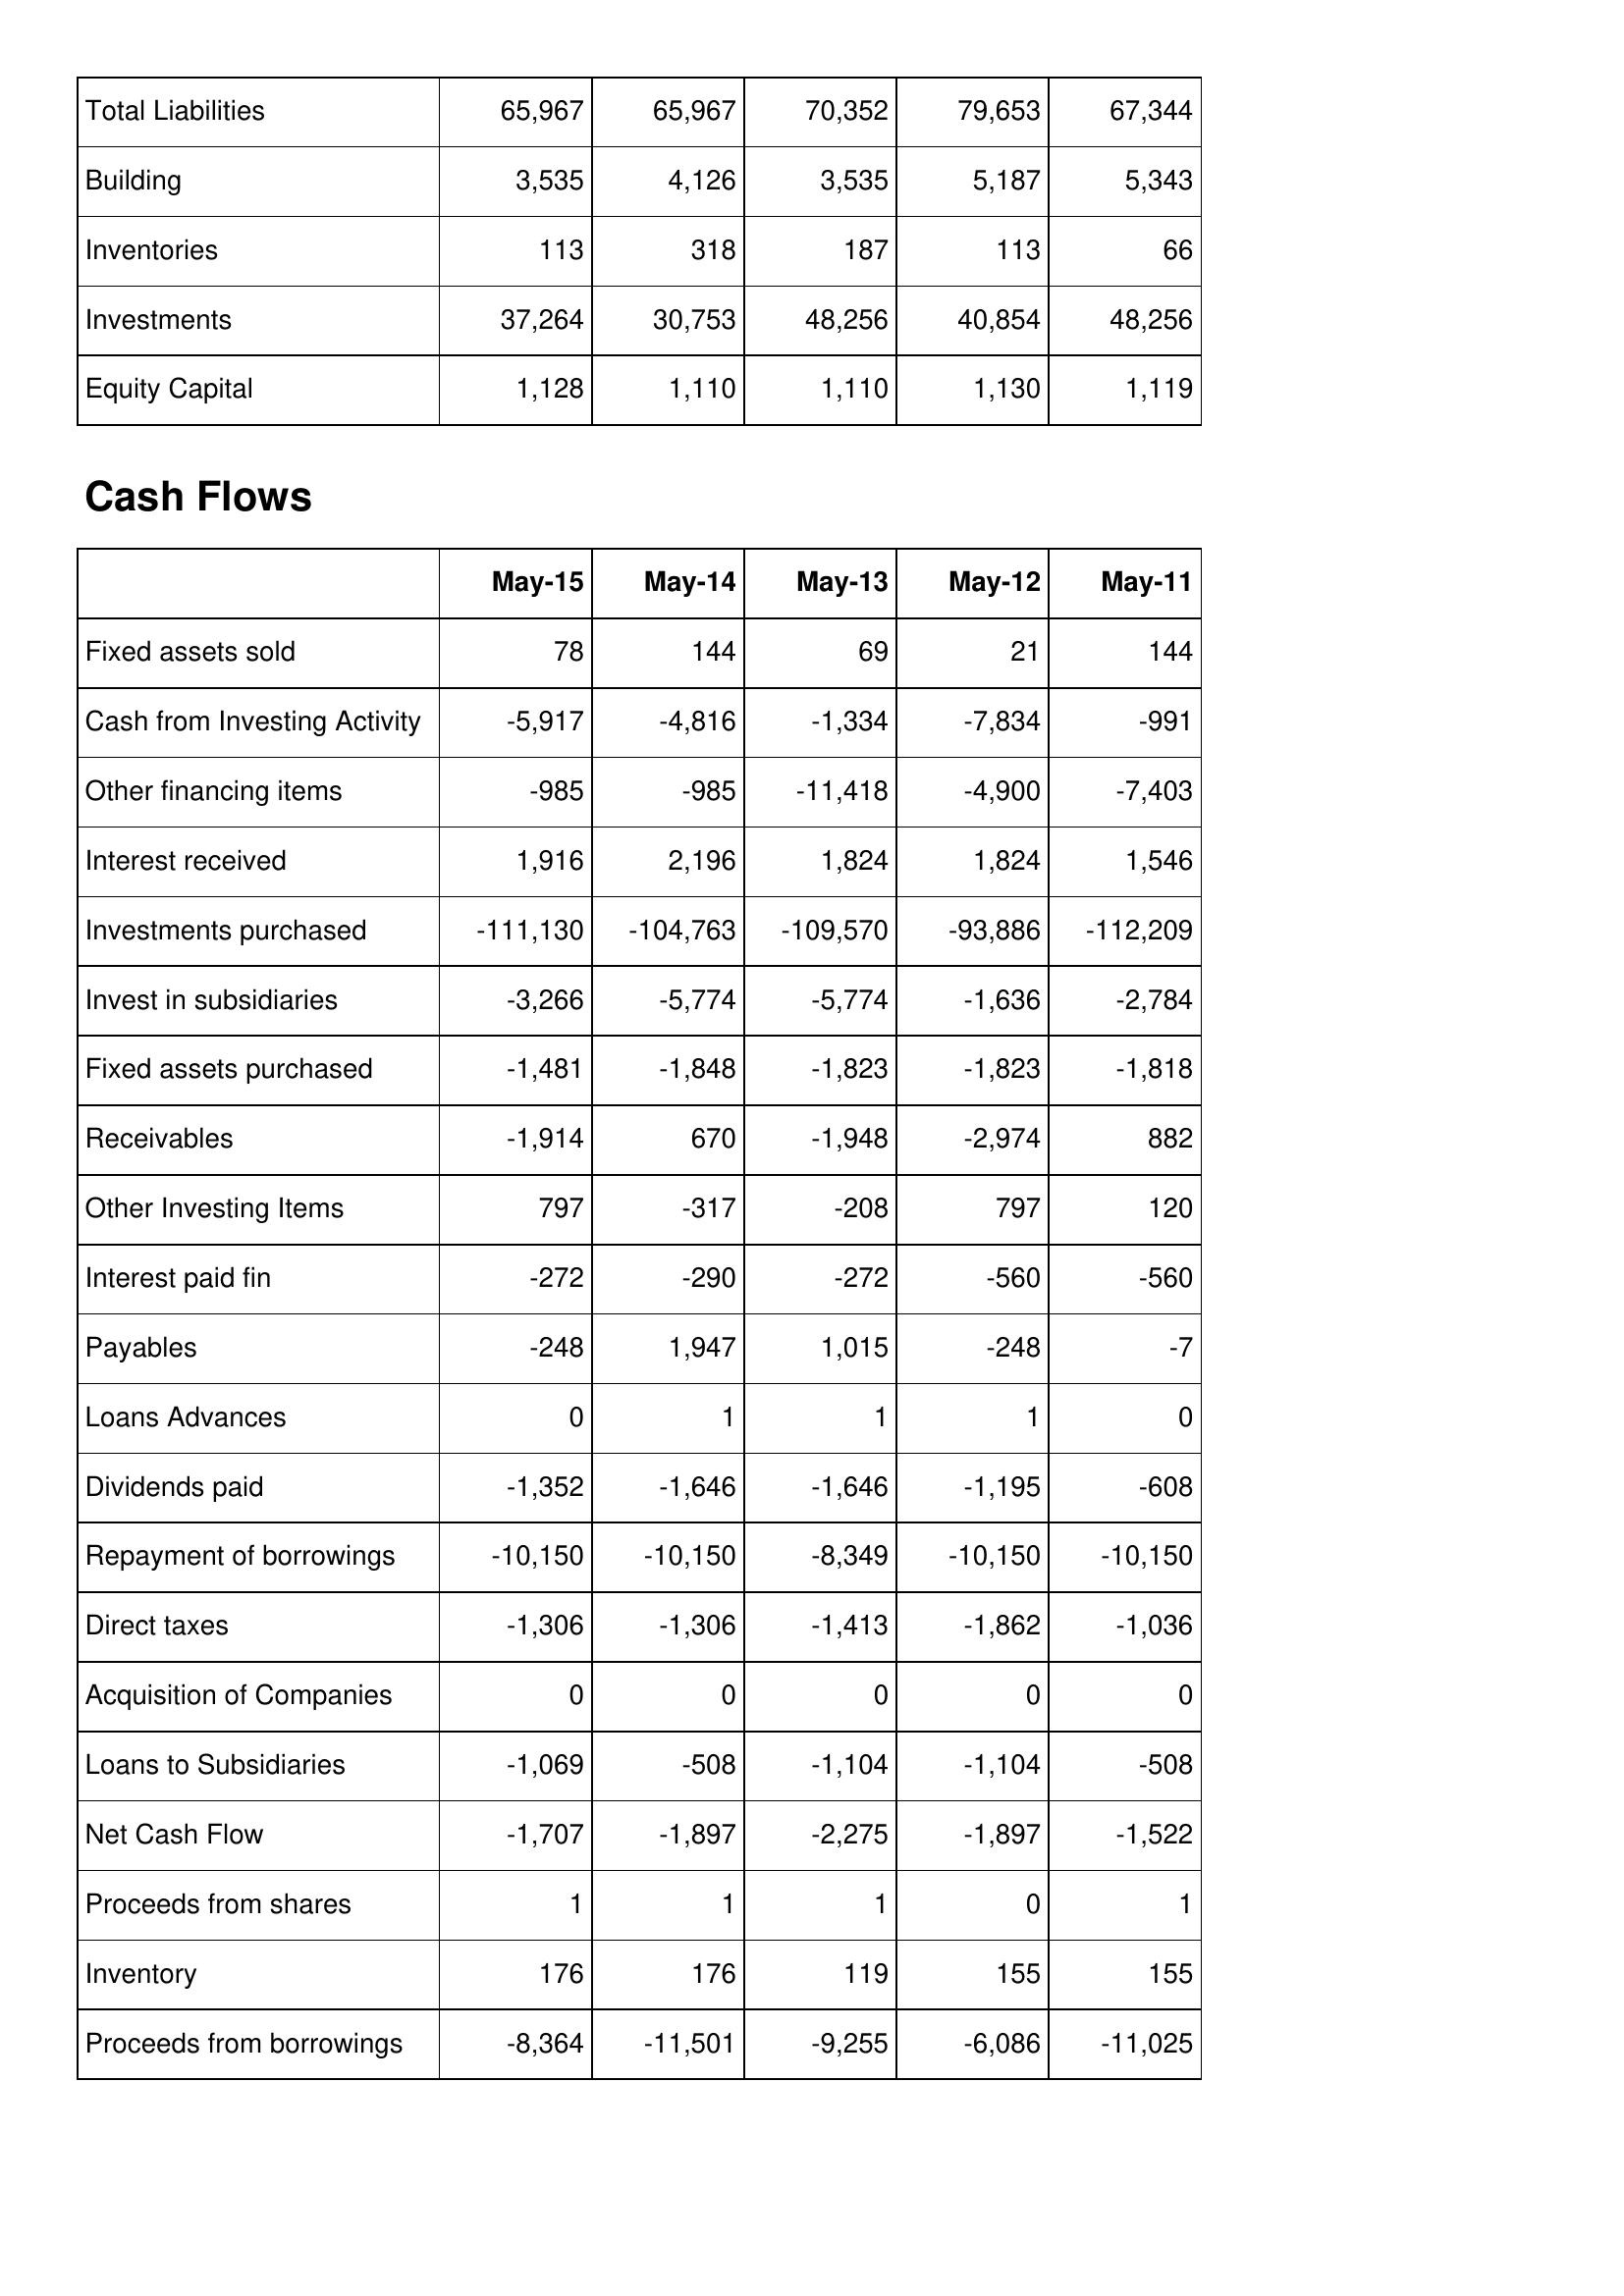
May-15: Balance Sheet: Total Liabilities: 65,967
Building: 3,535
Inventories: 113
Investments: 37,264
Equity Capital: 1,128
Cash Flows: Fixed assets sold: 78
Cash from Investing Activity: -5,917
Other financing items: -985
Interest received: 1,916
Investments purchased: -111,130
Invest in subsidiaries: -3,266
Fixed assets purchased: -1,481
Receivables: -1,914
Other Investing Items: 797
Interest paid fin: -272
Payables: -248
Loans Advances: 0
Dividends paid: -1,352
Repayment of borrowings: -10,150
Direct taxes: -1,306
Acquisition of Companies: 0
Loans to Subsidiaries: -1,069
Net Cash Flow: -1,707
Proceeds from shares: 1
Inventory: 176
Proceeds from borrowings: -8,364
May-14: Balance Sheet: Total Liabilities: 65,967
Building: 4,126
Inventories: 318
Investments: 30,753
Equity Capital: 1,110
Cash Flows: Fixed assets sold: 144
Cash from Investing Activity: -4,816
Other financing items: -985
Interest received: 2,196
Investments purchased: -104,763
Invest in subsidiaries: -5,774
Fixed assets purchased: -1,848
Receivables: 670
Other Investing Items: -317
Interest paid fin: -290
Payables: 1,947
Loans Advances: 1
Dividends paid: -1,646
Repayment of borrowings: -10,150
Direct taxes: -1,306
Acquisition of Companies: 0
Loans to Subsidiaries: -508
Net Cash Flow: -1,897
Proceeds from shares: 1
Inventory: 176
Proceeds from borrowings: -11,501
May-13: Balance Sheet: Total Liabilities: 70,352
Building: 3,535
Inventories: 187
Investments: 48,256
Equity Capital: 1,110
Cash Flows: Fixed assets sold: 69
Cash from Investing Activity: -1,334
Other financing items: -11,418
Interest received: 1,824
Investments purchased: -109,570
Invest in subsidiaries: -5,774
Fixed assets purchased: -1,823
Receivables: -1,948
Other Investing Items: -208
Interest paid fin: -272
Payables: 1,015
Loans Advances: 1
Dividends paid: -1,646
Repayment of borrowings: -8,349
Direct taxes: -1,413
Acquisition of Companies: 0
Loans to Subsidiaries: -1,104
Net Cash Flow: -2,275
Proceeds from shares: 1
Inventory: 119
Proceeds from borrowings: -9,255
May-12: Balance Sheet: Total Liabilities: 79,653
Building: 5,187
Inventories: 113
Investments: 40,854
Equity Capital: 1,130
Cash Flows: Fixed assets sold: 21
Cash from Investing Activity: -7,834
Other financing items: -4,900
Interest received: 1,824
Investments purchased: -93,886
Invest in subsidiaries: -1,636
Fixed assets purchased: -1,823
Receivables: -2,974
Other Investing Items: 797
Interest paid fin: -560
Payables: -248
Loans Advances: 1
Dividends paid: -1,195
Repayment of borrowings: -10,150
Direct taxes: -1,862
Acquisition of Companies: 0
Loans to Subsidiaries: -1,104
Net Cash Flow: -1,897
Proceeds from shares: 0
Inventory: 155
Proceeds from borrowings: -6,086
May-11: Balance Sheet: Total Liabilities: 67,344
Building: 5,343
Inventories: 66
Investments: 48,256
Equity Capital: 1,119
Cash Flows: Fixed assets sold: 144
Cash from Investing Activity: -991
Other financing items: -7,403
Interest received: 1,546
Investments purchased: -112,209
Invest in subsidiaries: -2,784
Fixed assets purchased: -1,818
Receivables: 882
Other Investing Items: 120
Interest paid fin: -560
Payables: -7
Loans Advances: 0
Dividends paid: -608
Repayment of borrowings: -10,150
Direct taxes: -1,036
Acquisition of Companies: 0
Loans to Subsidiaries: -508
Net Cash Flow: -1,522
Proceeds from shares: 1
Inventory: 155
Proceeds from borrowings: -11,025